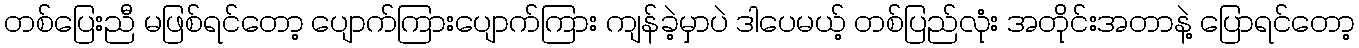
တစ်ပြေးညီ မဖြစ်ရင်တော့ ပျောက်ကြားပျောက်ကြား ကျန်ခဲ့မှာပဲ ဒါပေမယ့် တစ်ပြည်လုံး အတိုင်းအတာနဲ့ ပြောရင်တော့